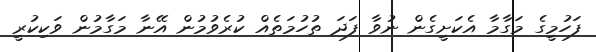
ފަހުމީގެ މަގާމާ އެކަށީގެން ނުވާ ފަދަ ތުހުމަތެއް ކުރެވުމުން އޭނާ މަގާމުން ވަކިކުރީ